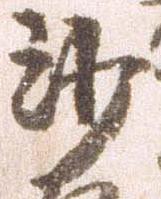
沙